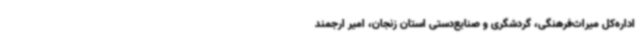
اداره‌کل میراث‌فرهنگی، گردشگری و صنایع‌دستی استان زنجان، امیر ارجمند